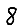
Digit: 8